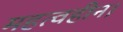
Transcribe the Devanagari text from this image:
महत्वहीन।